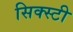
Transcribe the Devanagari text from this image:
सिक्स्टी